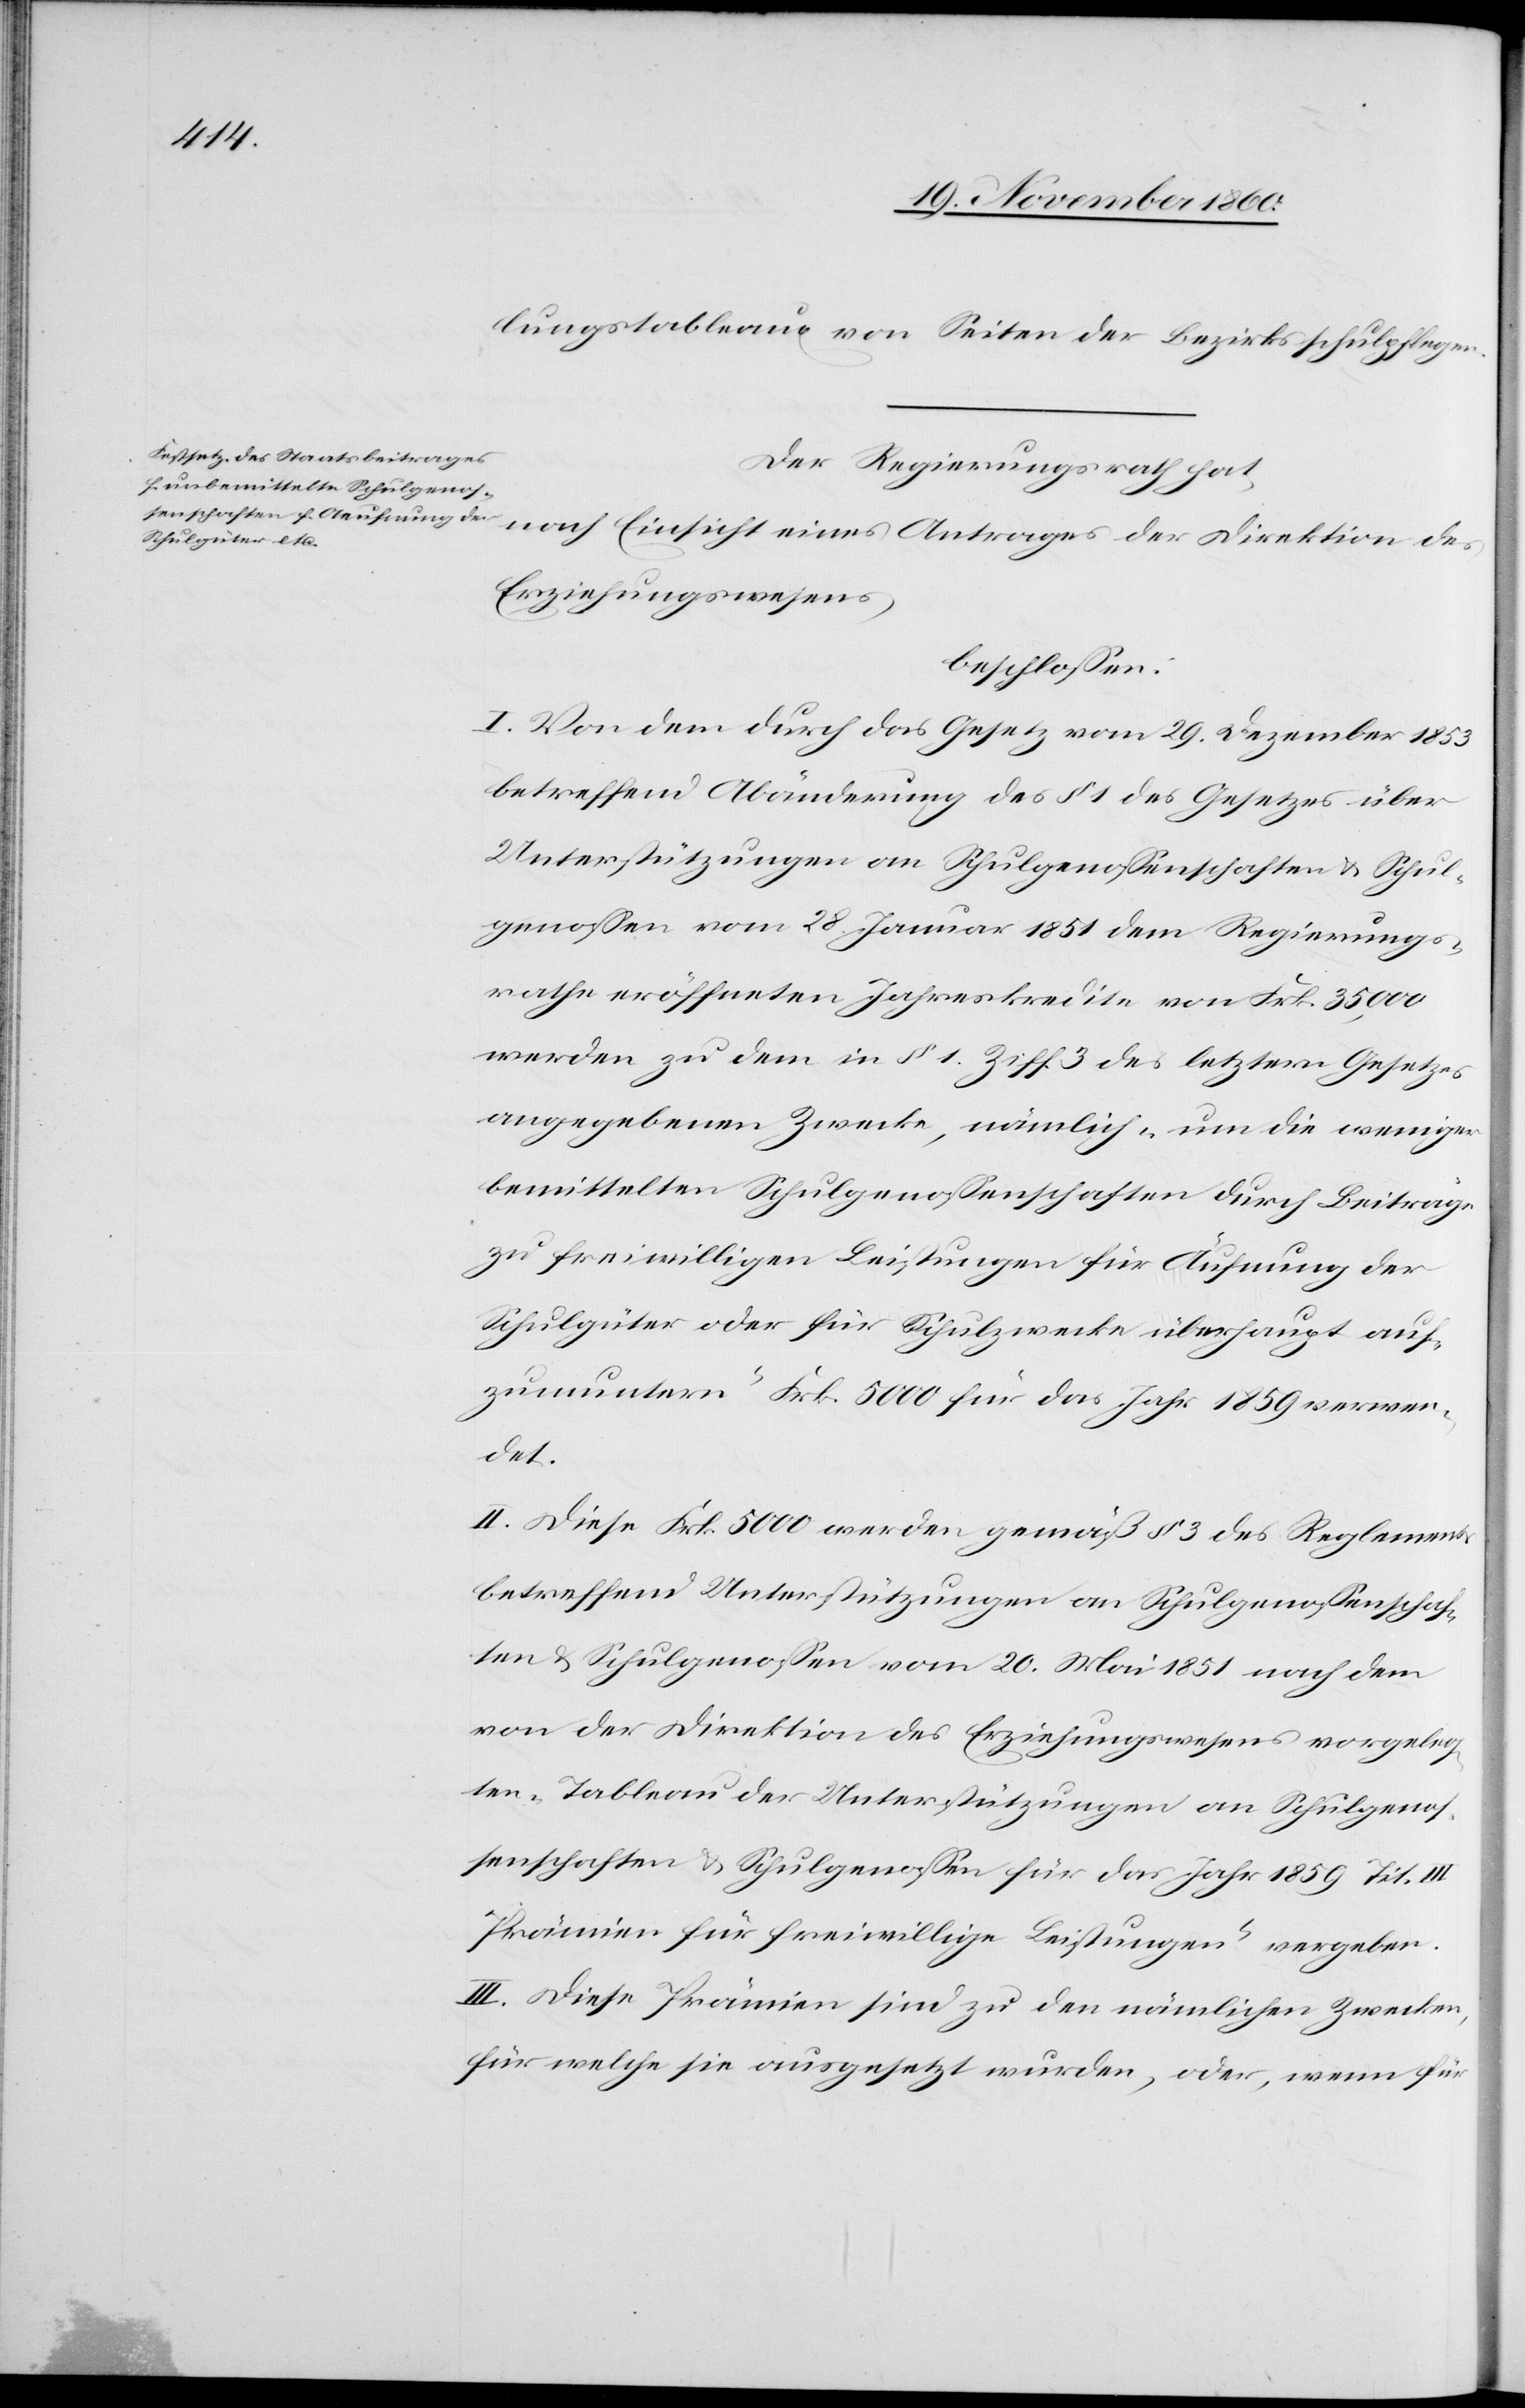
lungstableaux von Seiten der Bezirksschulpflegen.
Der Regierungsrath hat,
nach Einsicht eines Antrages der Direktion des
Erziehungswesens,
beschlossen:
I. Von dem durch das Gesetz vom 29. Dezember 1853
betreffend Abänderung des § 1 des Gesetzes über
Unterstützungen an Schulgenossenschaften u. Schul¬
genossen vom 28. Januar 1851 dem Regierungs¬
rathe eröffneten Jahreskredite von Frk. 35,00
werden zu dem in § 1 Ziff. 3 des letztern Gesetzes
angegebenen Zwecke, nämlich „um die weniger
bemittelten Schulgenossenschaften durch Beiträge
zu freiwilligen Leitung für Äufnung der
Schulgüter oder für Schulzwecke überhaupt auf¬
zumuntern“ Frk. 5000 für das Jahr 1859 verwen¬
det.
II. Diese Frk. 5000 werden gemäß § 3 des Reglements
betreffend Unterstützungen an Schulgenossenschaf¬
ten u. Schulgenossen vom 20. Mai 1851 nach dem
von der Direktion des Erziehungswesens vorgeleg¬
ten „Tableau der Unterstützungen an Schulgenos¬
senschaften u. Schulgenossen für das Jahr 1859 Tit. III
Prämien für freiwillige Leistungen“ vergeben.
III. Diese Prämien sind zu den nämlichen Zwecken,
für welche sie ausgesetzt wurden, oder, wenn für